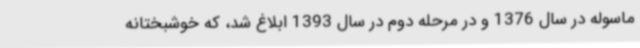
ماسوله در سال 1376 و در مرحله‌ دوم در سال 1393 ابلاغ شد، که خوشبختانه